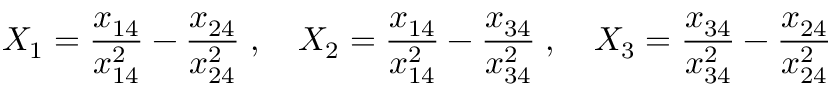
X _ { 1 } = { \frac { x _ { 1 4 } } { x _ { 1 4 } ^ { 2 } } } - { \frac { x _ { 2 4 } } { x _ { 2 4 } ^ { 2 } } } \; , \quad X _ { 2 } = { \frac { x _ { 1 4 } } { x _ { 1 4 } ^ { 2 } } } - { \frac { x _ { 3 4 } } { x _ { 3 4 } ^ { 2 } } } \; , \quad X _ { 3 } = { \frac { x _ { 3 4 } } { x _ { 3 4 } ^ { 2 } } } - { \frac { x _ { 2 4 } } { x _ { 2 4 } ^ { 2 } } }